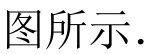
图所示.